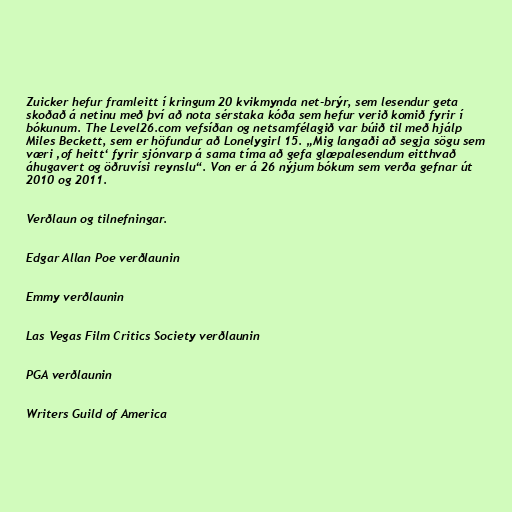
Zuicker hefur framleitt í kringum 20 kvikmynda net-brýr, sem lesendur geta
skoðað á netinu með því að nota sérstaka kóða sem hefur verið komið fyrir í
bókunum. The Level26.com vefsíðan og netsamfélagið var búið til með hjálp
Miles Beckett, sem er höfundur að Lonelygirl 15. „Mig langaði að segja sögu sem
væri ‚of heitt‘ fyrir sjónvarp á sama tíma að gefa glæpalesendum eitthvað
áhugavert og öðruvísi reynslu“. Von er á 26 nýjum bókum sem verða gefnar út
2010 og 2011.

Verðlaun og tilnefningar.

Edgar Allan Poe verðlaunin

Emmy verðlaunin

Las Vegas Film Critics Society verðlaunin

PGA verðlaunin

Writers Guild of America